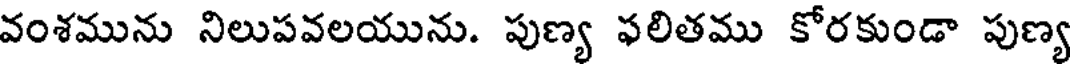
వంశమును నిలుపవలయును. పుణ్య ఫలితము కోరకుండా పుణ్య